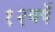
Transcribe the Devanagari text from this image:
१२वर्षे